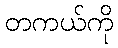
တကယ်ကို